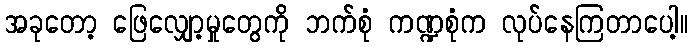
အခုတော့ ဖြေလျှော့မှုတွေကို ဘက်စုံ ကဏ္ဍစုံက လုပ်နေကြတာပေါ့။